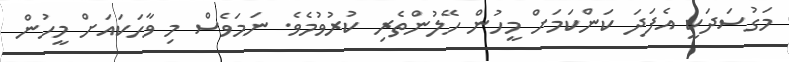
މަގުސަދަކީ އެފަދަ ކަންކަމަށް މީހުން ހޭލުންތެރި ކުރުވުމެވެ. ނަމަވެސް މި ވާހަކައަށް މީހުން